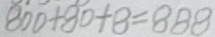
8 0 0 + 8 0 + 8 = 8 8 8